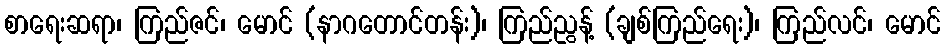
စာရေးဆရာ၊ ကြည်ဇင်၊ မောင် (နာဂတောင်တန်း)၊ ကြည်ညွန့် (ချစ်ကြည်ရေး)၊ ကြည်လင်၊ မောင်